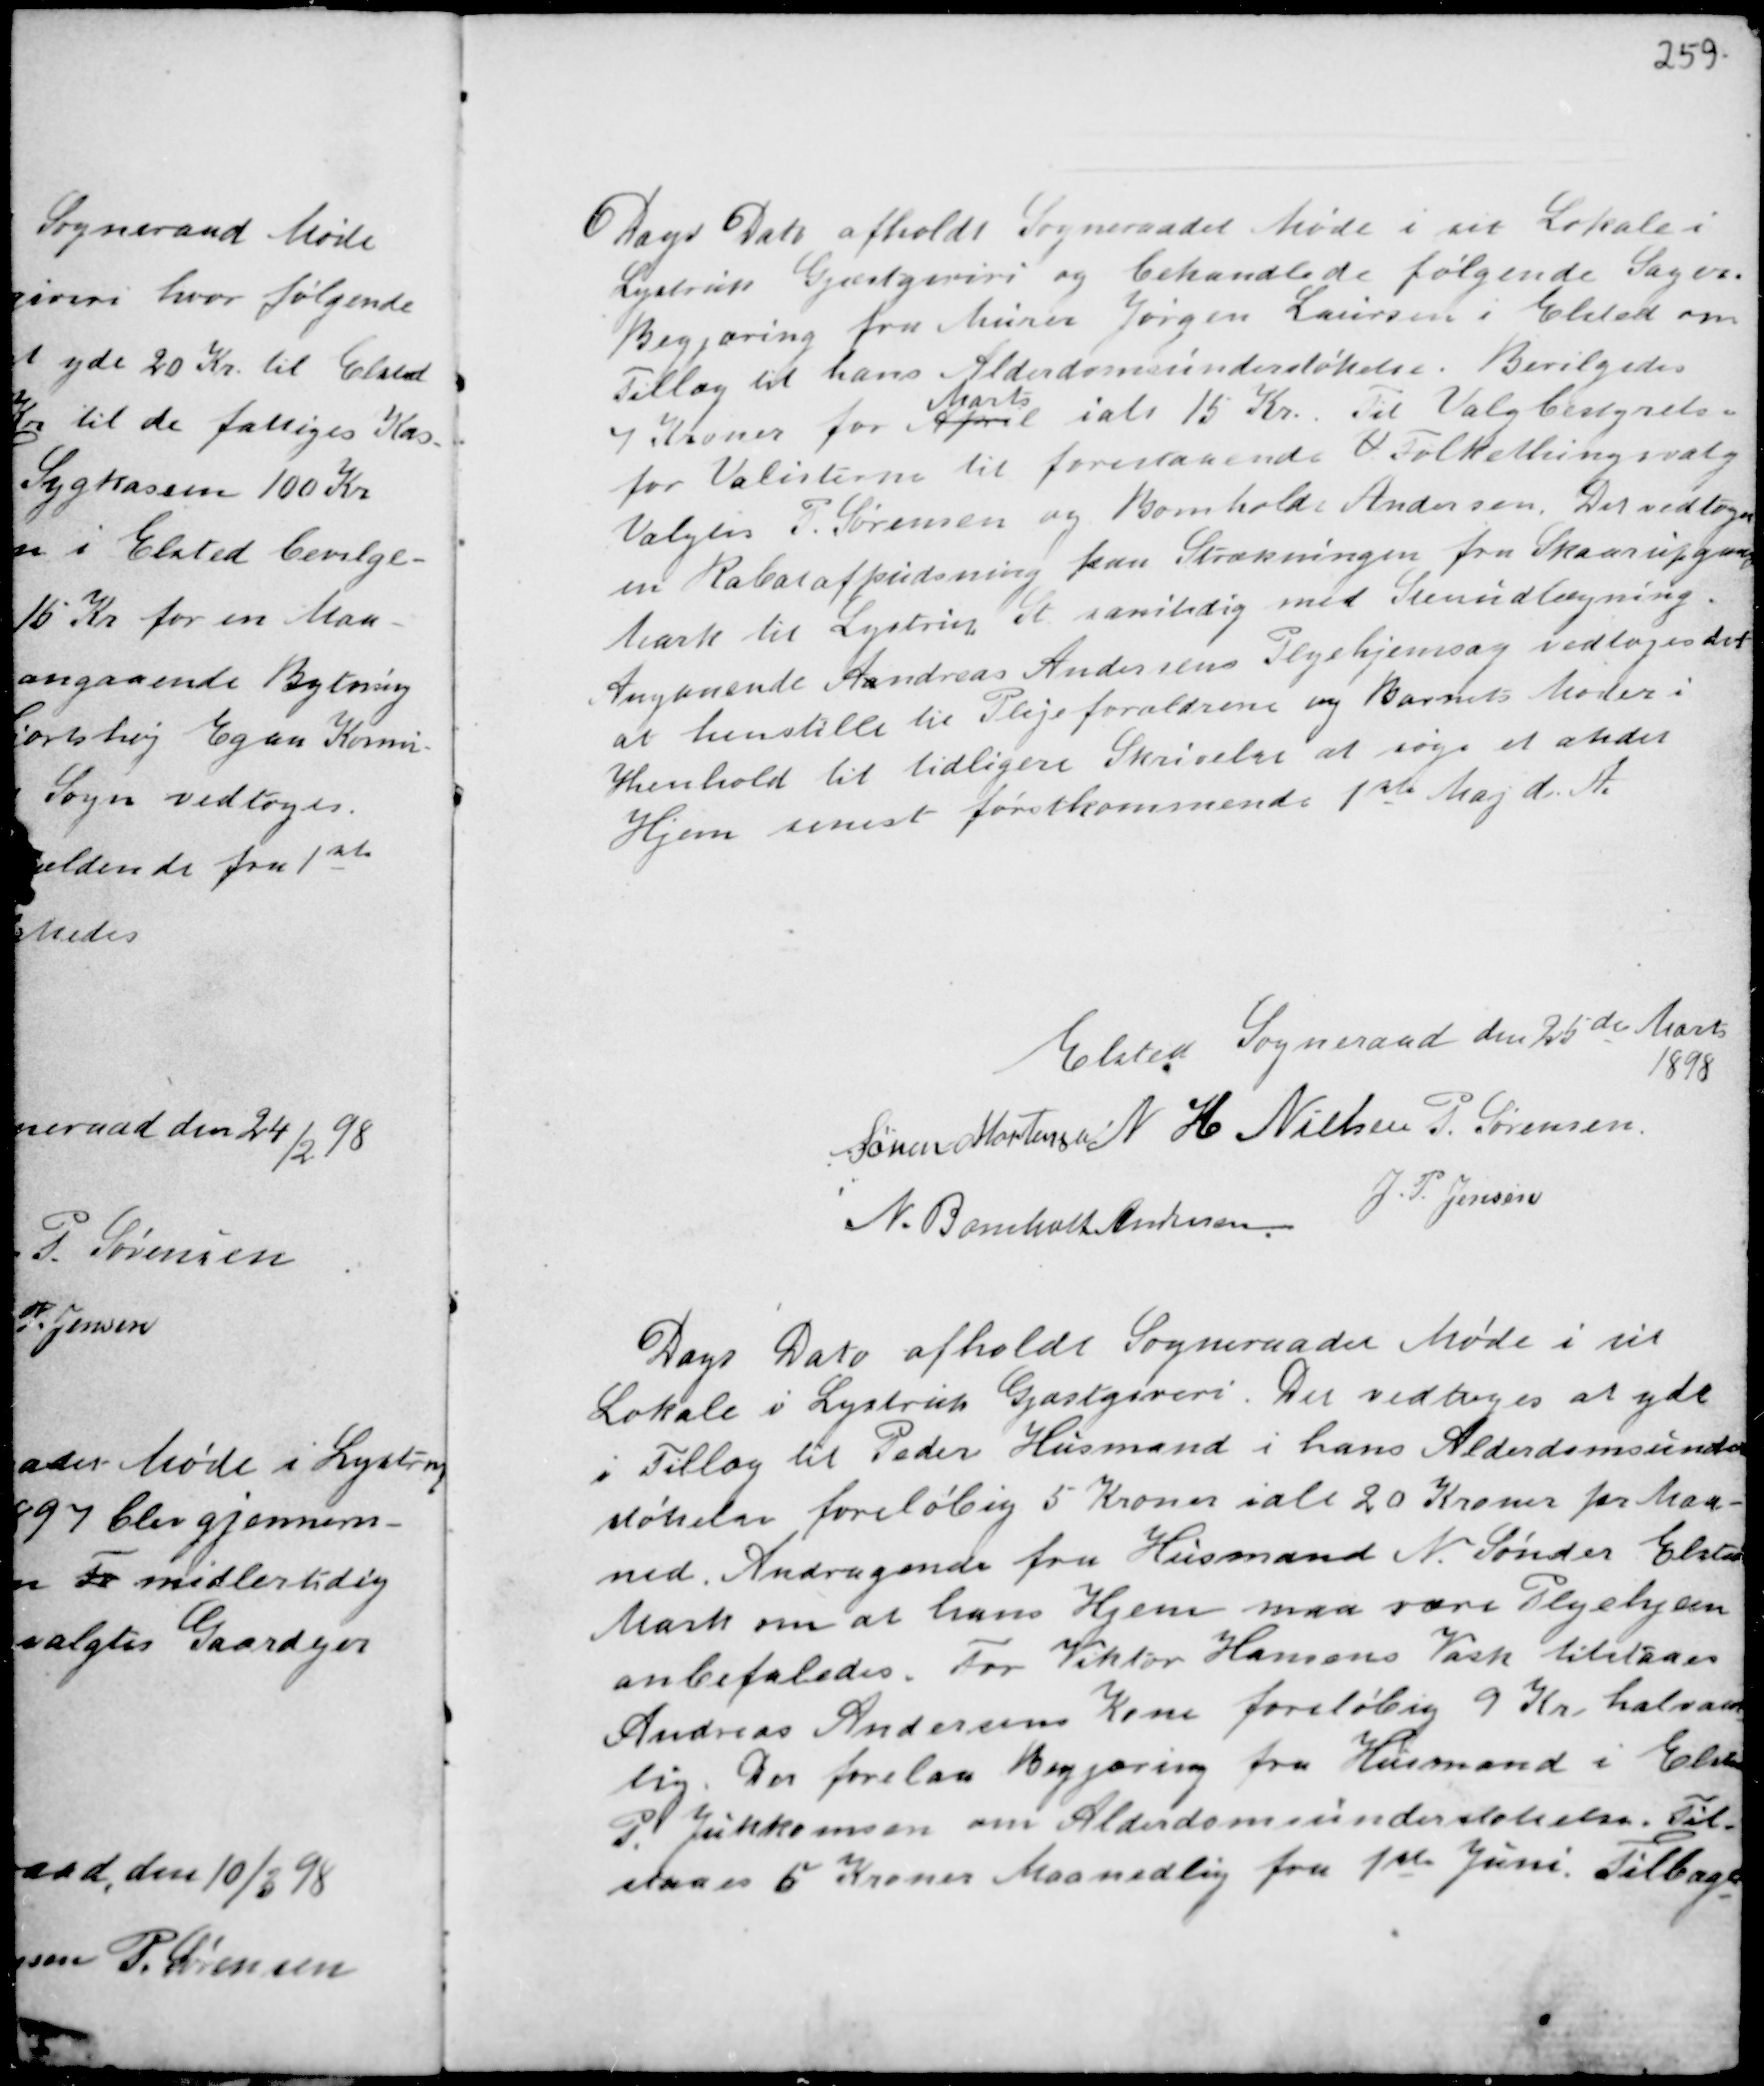
Transskription:
Dags Dato afholdt Sogneraadet Møde i sit Lokale i
Lystrup Gjæstgiveri og behandlede følgende Sager.
Begjæring fra Murer Jørgen Laursen i Elsted om
Tillæg til hans Alderdomsunderstøttelse. Bevilgedes
7 Kroner for April
Marts
ialt 15 Kr.. Til Valgbestyrelse
for Valisterne til forestaaende V Folkethingsvalg
Valgtes P. Sørensen og Bomholt Andersen. Der vedtoges
en Rabatafpudsning paa Strækningen fra Skaarupgaard
Mark til Lystrup St. samtidig med Stenudlægning.
Angaaende Andreas Andersens Plejehjemsag vedtoges det
at henstille til Plejeforældrene og Barnets Moder i
Henhold til tidligere Skrivelse at søge et andet
Hjem senest førstkommende 1ste Maj d.A.

Elsted Sogneraad den 25de Marts
1898
Søren Mortensen N H Nielsen P. Sørensen
N. Bomholt Andersen
J. P. Jensen

Dags Dato afholdt Sogneraadet Møde i sit
Lokale i Lystrup Gjæstgiveri. Det vedtoges at yde
i Tillæg til Peder Husmand i hans Alderdomsunder
støttelse foreløbig 5 Kroner ialt 20 Kroner for pr Maa-
ned. Andragende fra Husmand N. Sønder Elsted
Mark om at hans Hjem maa være Plejehjem
anbefaledes. For Viktor Hansens Vask tilstaaes
Andreas Andersens Kone foreløbig 9 Kr Halvaar-
lig. Der forelaa Begjæring fra Husmand i Elsted
P. Jukkomsen om Alderdomsunderstøttelse. Til
staaes 5 Kroner Maanedlig fra 1ste Juni. Tilbage-